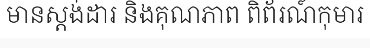
មានស្តង់ដារ និងគុណភាព ពិព័រណ៍កុមារ